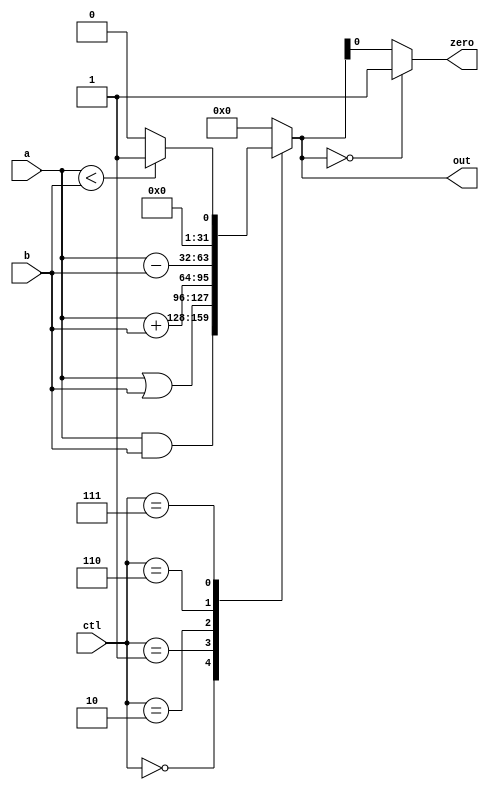
module alu_22(
		input		[3:0]	ctl,
		input		[31:0]	a, b,
		output reg	[31:0]	out,
		output				zero );
	wire [31:0] sub_ab;
	wire [31:0] add_ab;
	always @(*) begin
		case (ctl)
			4'b0000:  out = a & b;				
			4'b0001:  out = a | b;				
			4'b0010:  out = a + b;				
			4'b0110:  out = a - b;				
	        4'b0111:  out = (a < b) ? 32'b00000000000000000000000000000001 : 32'b0; 
			default: out = 0;
		endcase
	end
	assign zero = (0 == out)? 1 : out;
endmodule